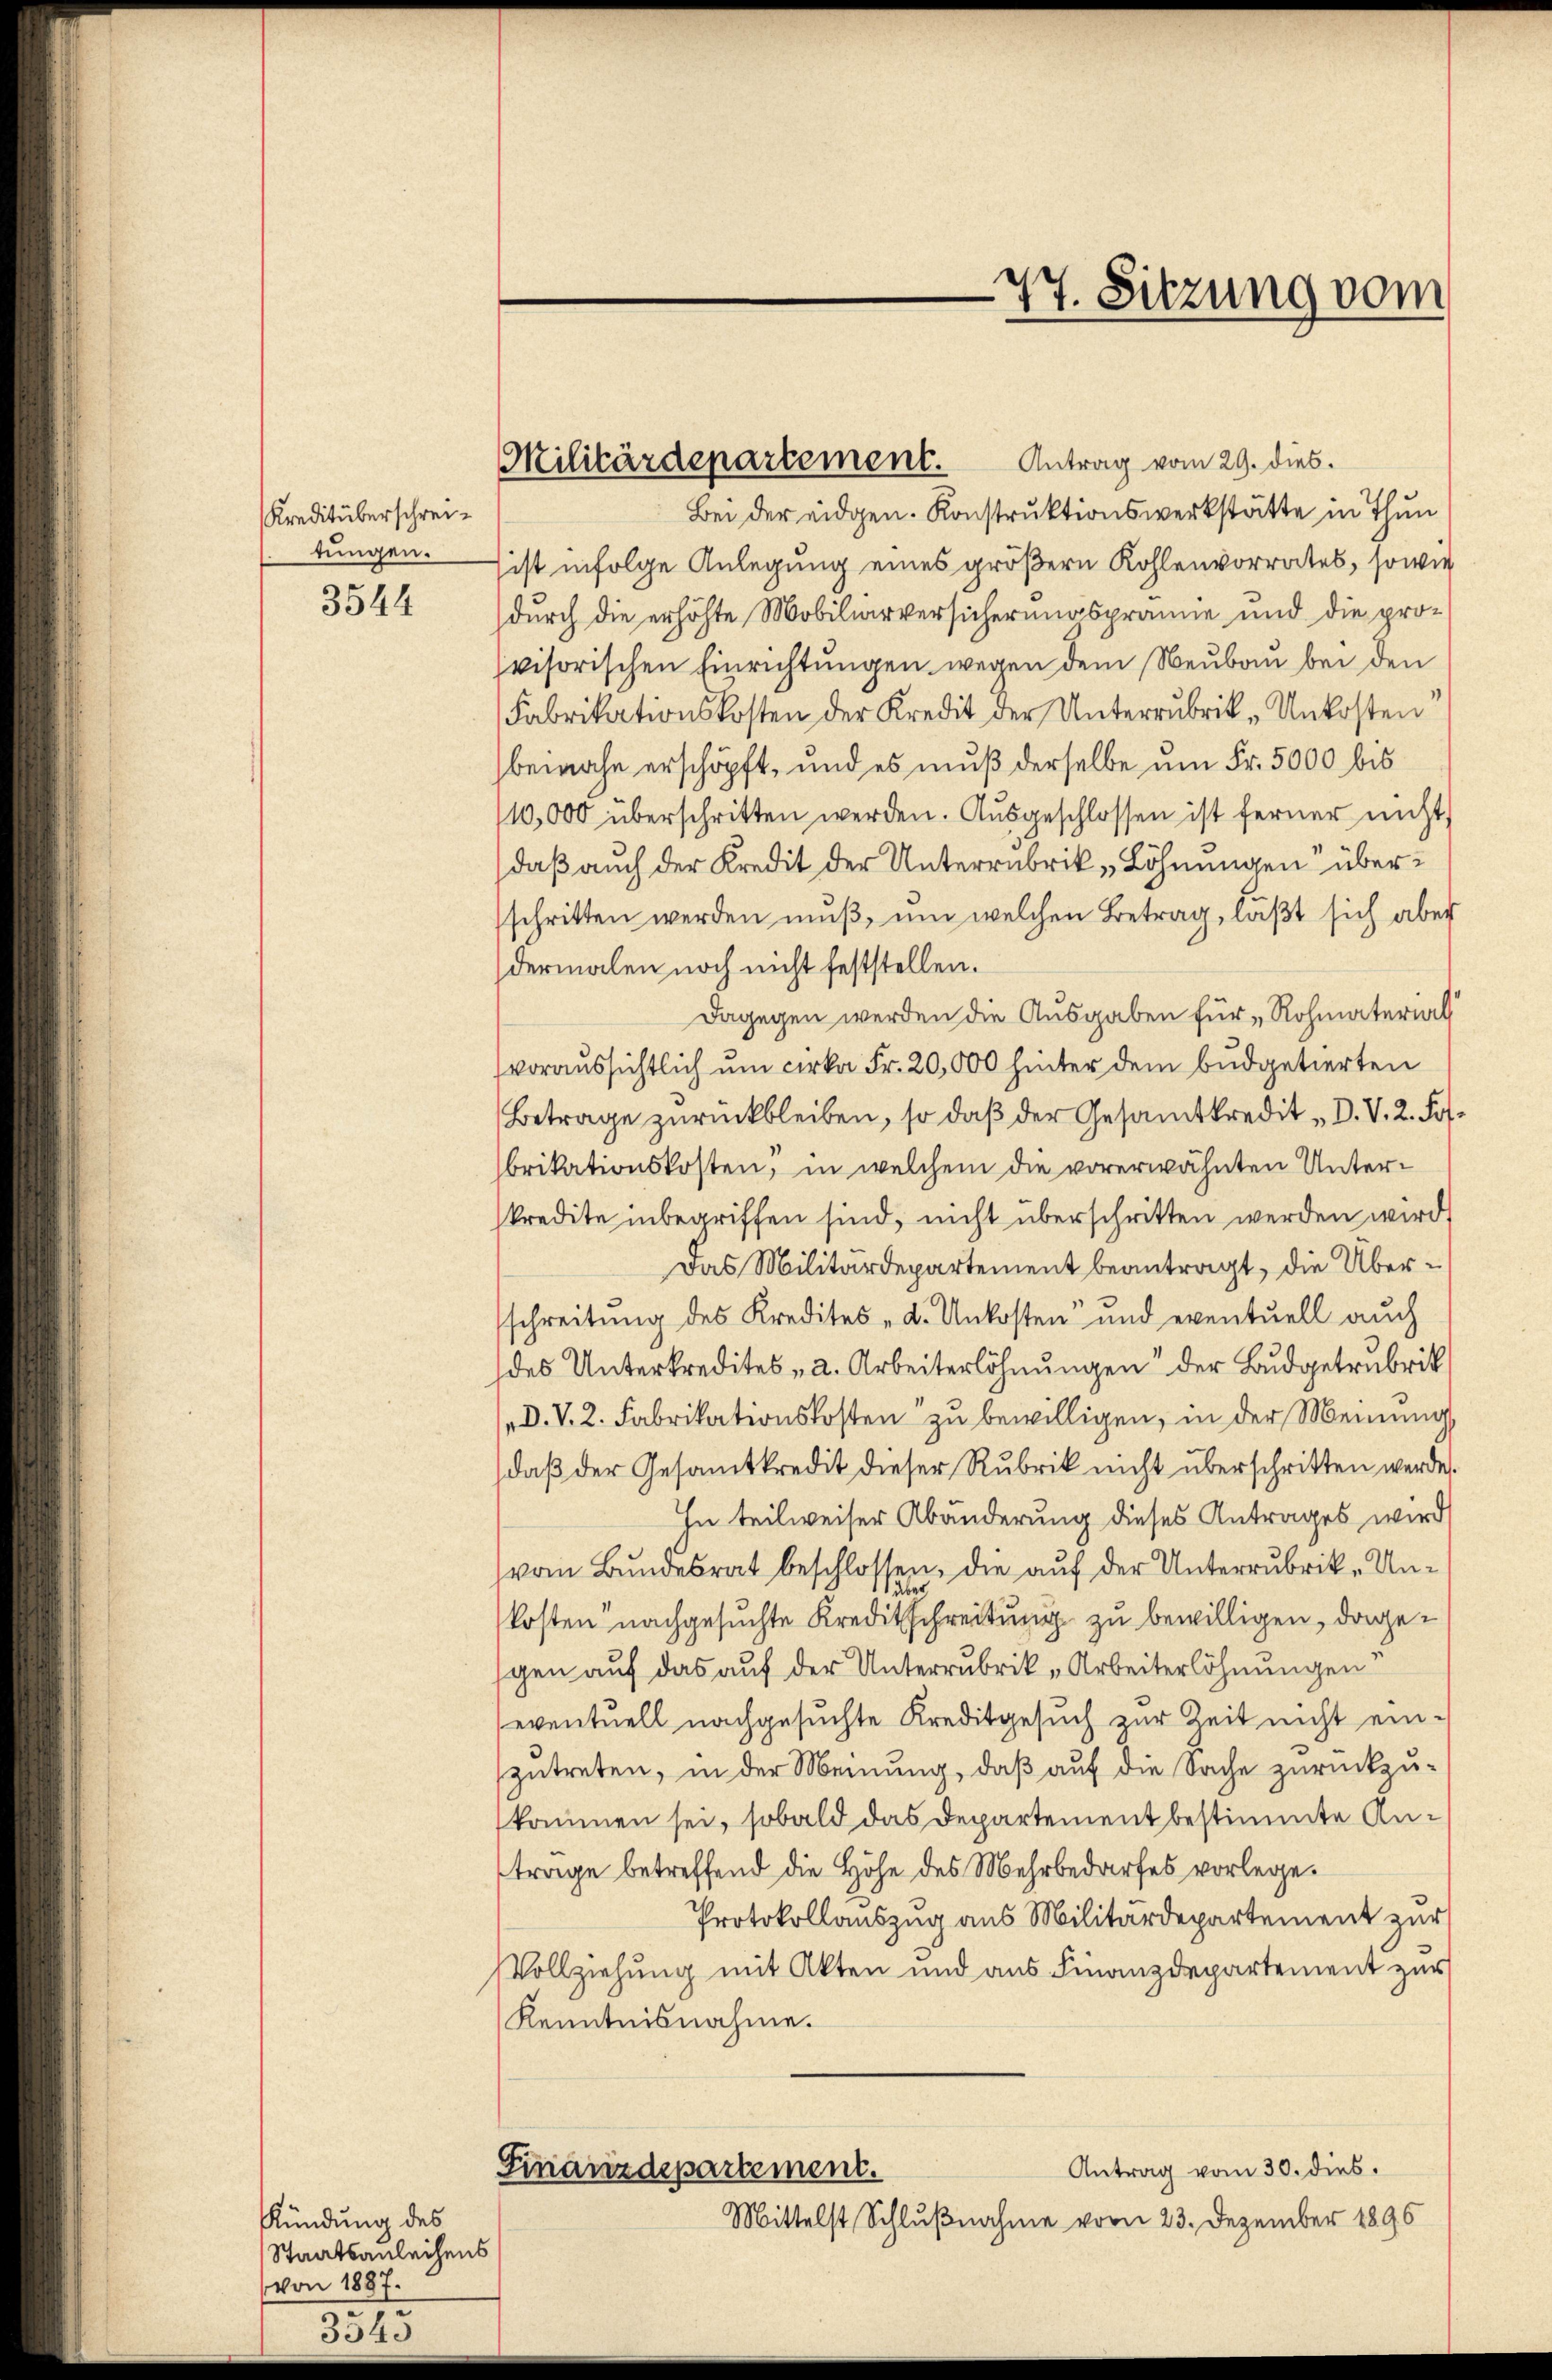
Kreditüberschreitungen.
3544

Kündung des
Staatsanleihens
von 1887.

Militärdepartement.

77. Sitzung vom

Antrag vom 29. dies.
Bei der eidgen. Konstruktionswerkstätte in Thun
sist infolge Anlegung eines größern Kohlenvorrates, sowie
durch die erhöhte Mobiliarversicherungsprämie und die provisorischen Einrichtungen wegen dem Neubau bei den
Fabrikationskosten der Kredit der Unterrubrik „Unkosten
bewahn erschöpft, und es muß derselbe um Fr. 5000 bis
10,000 überschritten werden. Ausgeschlossen ist ferner nicht
daß auch der Kredit der Unterrubrik „Löhnungen überschritten werden muß, um welchen Betrag, läßt sich aber
dermalen noch nicht feststellen.
Dagegen werden die Ausgaben für Rohmaterial
voraussichtlich um cirka Fr. 20,000 hinter dem Budgetierten
Betrage zurückbleiben, so daß der Gesamtkredit „D. V. 2. Fr.
brikationskosten, in welchem die vorerwähnten Unterkredite inbegriffen sind, nicht überschritten werden wird,
Das Militärdepartement beantragt, die Überschreitung des Kredites - d. Unkosten und eventuell auch
des Unterkredites - 2. Arbeiterlöhnungen der Budgetrubrik
D. V. 2. Fabrikationskosten zu bewilligen, in der Meinung,
daß der Gesammtkredit dieser Rubrik nicht überschritten werde.
In teilweiser Abänderung dieses Antrages wird
vom Bundesrat beschlossen, die auf der Unterrubrik- Unüber
kosten nachgesuchte Kreditschreibung zu bewilligen, dagegen auf das auf der Unterrubrik „Arbeiterlöhnungen
eventuell nachgesuchte Kreditgesuch zur Zeit nicht einzutreten, in der Meinung, daß auf die Sache zurückzukommen sei, sobald das Departement bestimmte Antrage betreffend die Höhe des Mehrbedarfes vorlege.
Protokollauszug aus Militärdepartement zur
Vollziehung mit Akten und aus Finanzdepartement zur
Kenntnisnahme.
Antrag vom 30. dies.
Finanzdepartement.
Mittelst Schlußnahme vom 23. Dezember 1896